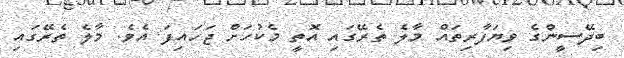
ބިދޭސީންގެ ވިޔަފާރިތައް މާލެ ތެރޭގައި އޮތީ މެކުހަށް ޖަހައިފަ އެވެ. މާލެ ތެރޭގައި